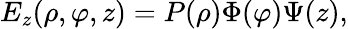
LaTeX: E_{z}(\rho,\varphi,z)=P(\rho)\Phi(\varphi)\Psi(z),